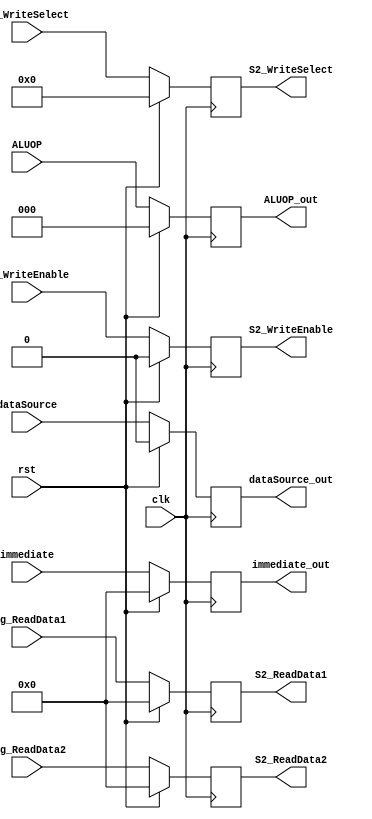
module S2_Register(
	input clk,
	input rst,
	input [31:0] Reg_ReadData1,
	input [31:0] Reg_ReadData2,
	input [4:0] S1_WriteSelect,
	input S1_WriteEnable,
	input [31:0] immediate,
	input dataSource,
	input [2:0] ALUOP,
	output reg [31:0] S2_ReadData1,
	output reg [31:0] S2_ReadData2,
	output reg [4:0] S2_WriteSelect,
	output reg S2_WriteEnable,
	output reg [31:0] immediate_out,
	output reg dataSource_out,
	output reg [2:0] ALUOP_out
   );

	always@(posedge clk)
		begin
		if (rst)
			begin
                S2_ReadData1	<= 32'd0;
                S2_ReadData2	<= 32'd0;
                S2_WriteSelect  <= 5'd0;
                S2_WriteEnable  <= 1'b0;
                immediate_out   <= 32'b0;
                dataSource_out  <= 1'b0;
                ALUOP_out       <= 3'b0;
			end
		else
			begin
                S2_ReadData1	<= Reg_ReadData1;
                S2_ReadData2	<= Reg_ReadData2;
                S2_WriteSelect  <= S1_WriteSelect;
                S2_WriteEnable  <= S1_WriteEnable;
                immediate_out   <= immediate;
                dataSource_out  <= dataSource;
                ALUOP_out       <= ALUOP;
			end
		end

endmodule